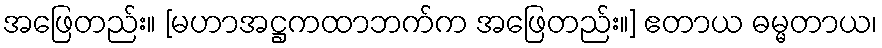
အဖြေတည်း။ [မဟာအဋ္ဌကထာဘက်က အဖြေတည်း။] ဧတာယ ဓမ္မတာယ၊